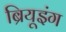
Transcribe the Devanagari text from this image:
ब्रियूइंग